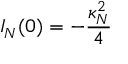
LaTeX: I _ { N } ( 0 ) = - { \frac { \kappa _ { N } ^ { 2 } } { 4 } }